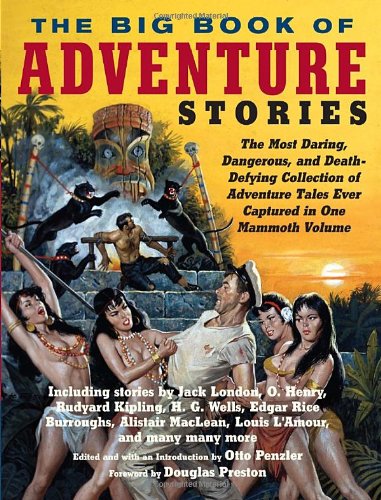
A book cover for The Big Book of Adventure Stories; Literature & Fiction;